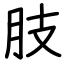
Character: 肢